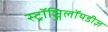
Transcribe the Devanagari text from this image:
स्ट्रॉञ्जिलॉयडीज़